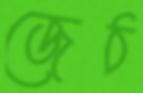
জেঠ